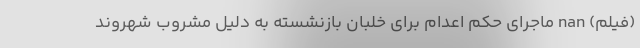
(فیلم) nan ماجرای حکم اعدام برای خلبان بازنشسته به دلیل مشروب شهروند